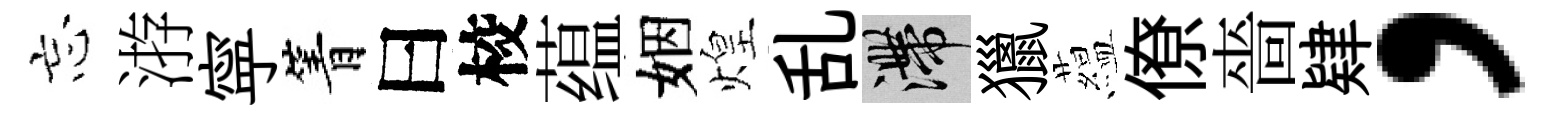
忘㳺寜箐曰校蕴姻煌乱滯獵藴僚嗇肄，